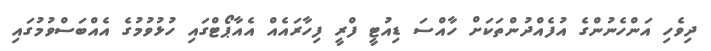
ދިވެހި އަންހެނުންގެ އުފެއްދުންތަކަށް ހާއްސަ ޑިއުޓީ ފްރީ ފިހާރައެއް އެއާޕޯޓްގައި ހުޅުވުމުގެ އެއްބަސްވުމުގައި